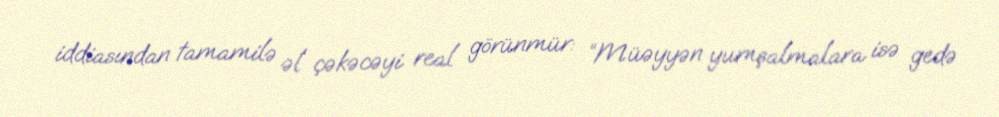
iddiasından tamamilə əl çəkəcəyi real görünmür: “Müəyyən yumşalmalara isə gedə